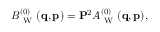
\begin{array} { r } { B _ { \mathrm { ~ W ~ } } ^ { ( 0 ) } ( \ensuremath { \mathbf { q } } , \ensuremath { \mathbf { p } } ) = \ensuremath { \mathbf { P } } ^ { 2 } A _ { \mathrm { ~ W ~ } } ^ { ( 0 ) } ( \ensuremath { \mathbf { q } } , \ensuremath { \mathbf { p } } ) , } \end{array}